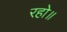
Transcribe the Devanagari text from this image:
रहो॥